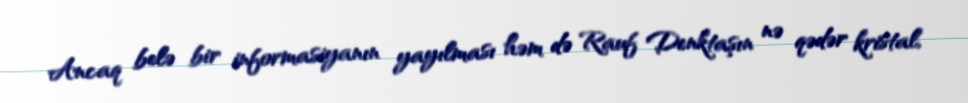
Ancaq belə bir informasiyanın yayılması həm də Rauf Denktaşın nə qədər kristal,